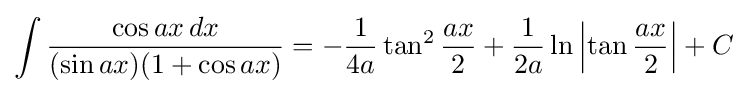
\int {\frac {\cos ax\,dx}{(\sin ax)(1+\cos ax)}}=-{\frac {1}{4a}}\tan ^{2}{\frac {ax}{2}}+{\frac {1}{2a}}\ln \left|\tan {\frac {ax}{2}}\right|+C